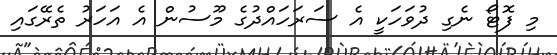
މި ފޮޓޯ ނެގި ދުވަހަކީ އެ ސަރަހައްދުގެ މޫސުން އެ އަހަރު ތެރޭގައި